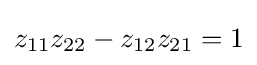
z_{11}z_{22}-z_{12}z_{21}=1